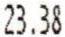
23.38